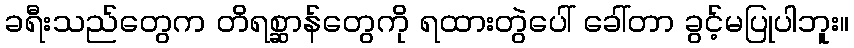
ခရီးသည်တွေက တိရစ္ဆာန်တွေကို ရထားတွဲပေါ် ခေါ်တာ ခွင့်မပြုပါဘူး။